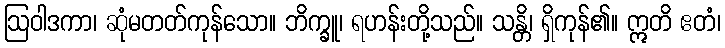
ဩဝါဒကာ၊ ဆုံမတတ်ကုန်သော။ ဘိက္ခူ၊ ရဟန်းတို့သည်။ သန္တိ၊ ရှိကုန်၏။ ဣတိ ဧတံ၊